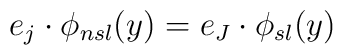
e_{j}\cdot \phi _{nsl}(y)=e_{J}\cdot \phi _{sl}(y)